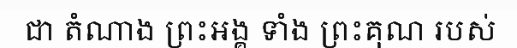
ជា តំណាង ព្រះអង្គ ទាំង ព្រះគុណ របស់